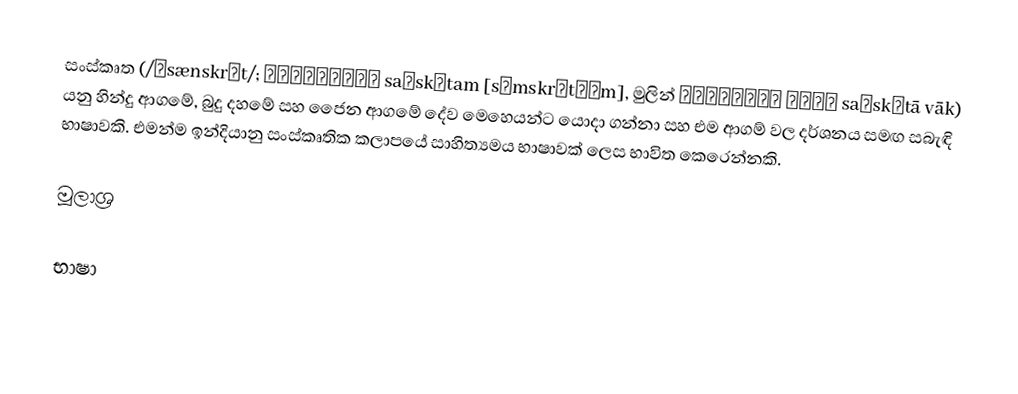
සංස්කෘත (/ˈsænskrɪt/; संस्कृतम् saṃskṛtam [səmskr̩t̪əm], මුලින් संस्कृता वाक् saṃskṛtā vāk) යනු හින්දු ආගමේ, බුදු දහමේ සහ ජෛන ආගමේ දේව මෙහෙයන්ට යොදා ගන්නා සහ එම ආගම් වල දර්ශනය සමඟ සබැඳි භාෂාවකි. එමන්ම ඉන්දියානු සංස්කෘතික කලාපයේ සාහිත්‍යමය භාෂාවක් ලෙස භාවිත කෙරෙන්නකි.

මූලාශ්‍ර

භාෂා